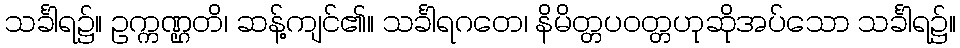
သင်္ခါရ၌။ ဥက္ကဏ္ဌတိ၊ ဆန့်ကျင်၏။ သင်္ခါရဂတေ၊ နိမိတ္တပဝတ္တဟုဆိုအပ်သော သင်္ခါရ၌။